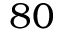
8 0